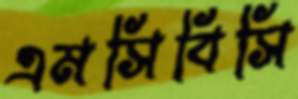
এমসিবিসি